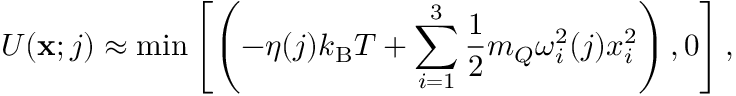
U ( \mathbf { x } ; j ) \approx \operatorname* { m i n } \left[ \left( - \eta ( j ) k _ { \mathrm { B } } T + \sum _ { i = 1 } ^ { 3 } \frac 1 2 m _ { Q } \omega _ { i } ^ { 2 } ( j ) x _ { i } ^ { 2 } \right) , 0 \right] ,